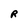
Character: R